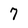
Character: 7